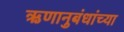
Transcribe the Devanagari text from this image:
ऋणानुबंधांच्या